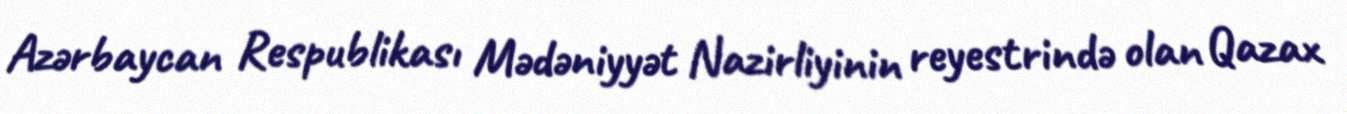
Azərbaycan Respublikası Mədəniyyət Nazirliyinin reyestrində olan Qazax